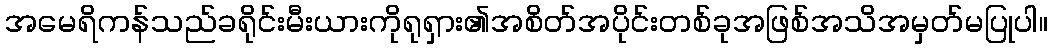
အမေရိကန်သည်ခရိုင်းမီးယားကိုရုရှား၏အစိတ်အပိုင်းတစ်ခုအဖြစ်အသိအမှတ်မပြုပါ။